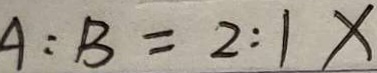
A : B = 2 : 1